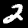
Label: 2